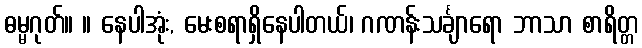
ဓမ္မဂုတ်။ ။ နေပါအုံး, မေးစရာရှိနေပါတယ်၊ ဂဏန်းသင်္ချာရော ဘာသာ စာရိတ္တ